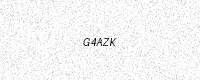
Text: G4AZK